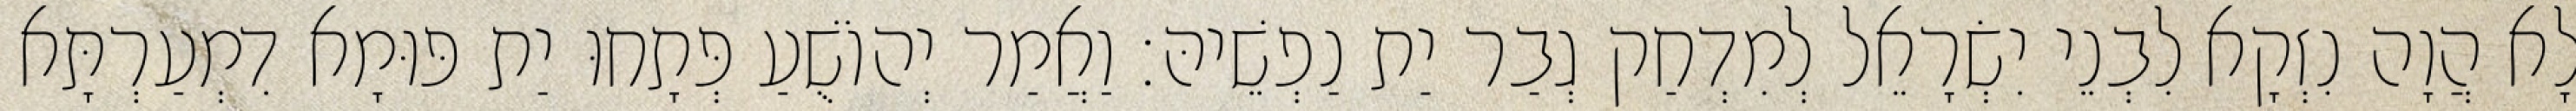
לָא הֲוָה נִזְקָא לִבְנֵי יִשְׂרָאֵל לְמִדְחַק גְבַר יַת נַפְשֵׁיהּ׃ וַאֲמַר יְהוֹשֻׁעַ פְּתָחוּ יַת פּוּמָא דִמְעַרְתָּא